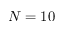
N = 1 0